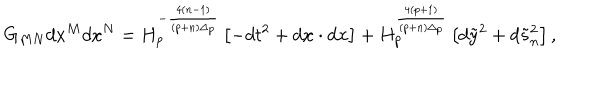
LaTeX: G _ { M N } d x ^ { M } d x ^ { N } = H _ { p } ^ { - { \frac { 4 ( n - 1 ) } { ( p + n ) \Delta _ { p } } } } \left[ - d t ^ { 2 } + d { \bf x } \cdot d { \bf x } \right] + H _ { p } ^ { \frac { 4 ( p + 1 ) } { ( p + n ) \Delta _ { p } } } \left[ d \tilde { y } ^ { 2 } + d \tilde { s } _ { n } ^ { 2 } \right] ,